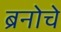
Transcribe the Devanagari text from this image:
ब्रनोचे